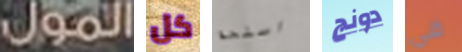
المول كل اسلحة دونج في